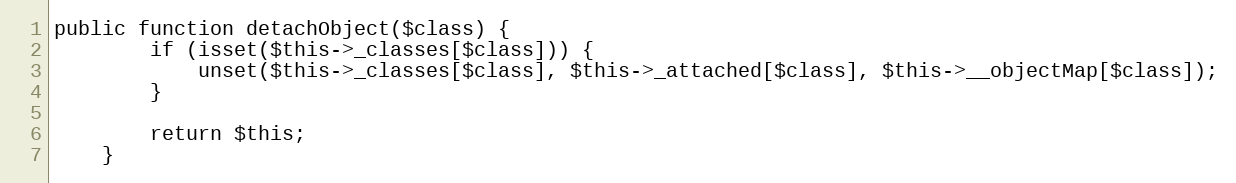
Language: PHP
public function detachObject($class) {
        if (isset($this->_classes[$class])) {
            unset($this->_classes[$class], $this->_attached[$class], $this->__objectMap[$class]);
        }

        return $this;
    }